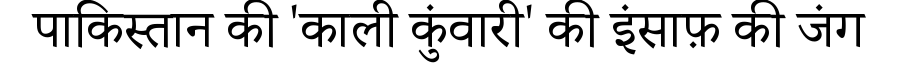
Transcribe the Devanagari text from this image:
पाकिस्तान की 'काली कुंवारी' की इंसाफ़ की जंग